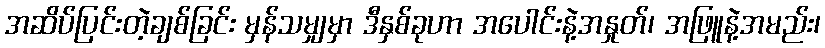
အဆိပ်ပြင်းတဲ့ချစ်ခြင်း မှန်သမျှမှာ ဒီနှစ်ခုဟာ အပေါင်းနဲ့အနှုတ်၊ အဖြူနဲ့အမည်း၊